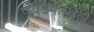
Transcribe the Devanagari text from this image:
पर्यटकस्थल